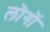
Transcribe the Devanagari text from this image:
लॊगॊं